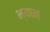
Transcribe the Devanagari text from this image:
भ्यान